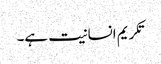
تکریم انسانیت ہے۔